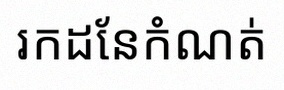
រកដែនកំណត់